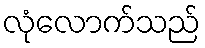
လုံလောက်သည်